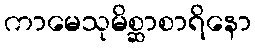
ကာမေသုမိစ္ဆာစာရိနော